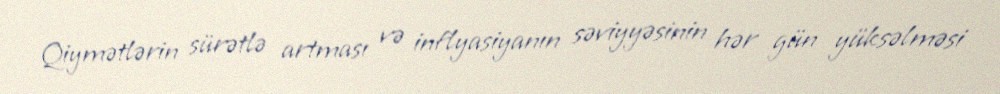
Qiymətlərin sürətlə artması və inflyasiyanın səviyyəsinin hər gün yüksəlməsi